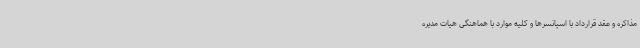
مذاکره و عقد قرارداد با اسپانسرها و کلیه موارد با هماهنگی هیات مدیره